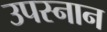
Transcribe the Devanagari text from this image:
उपस्नान